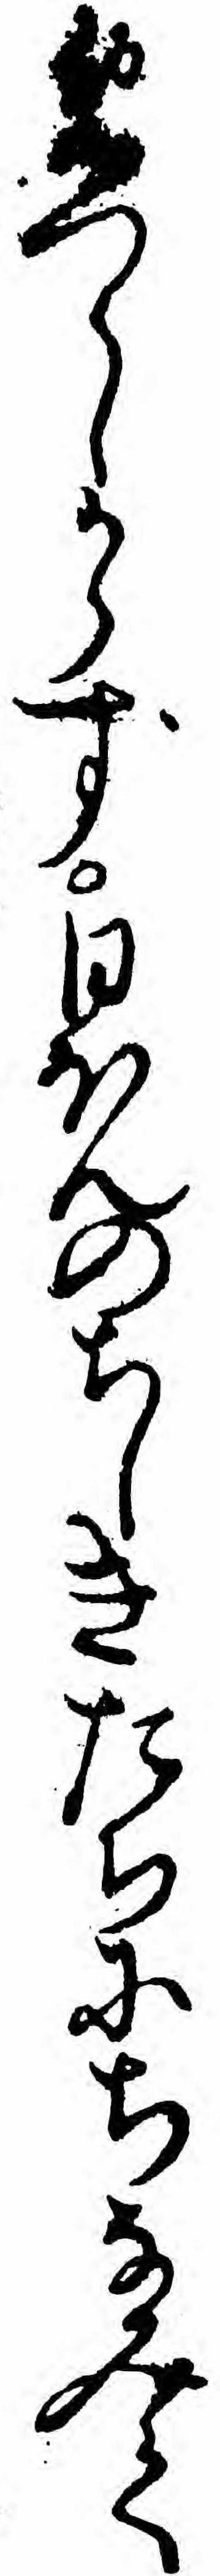
めつらしからず日ほんのちしきたちにちなみて